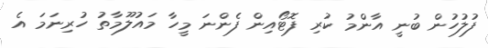
ފުލުހުން ބުނީ އާންމު ކުރި ފޮޓޯއިން ފެންނަ މީހާ މައުލޫމާތު ހުރިނަމަ އެ